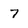
Character: 7